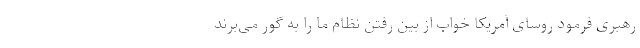
رهبری فرمود روسای آمریکا خواب از بین رفتن نظام ما را به گور می‌برند